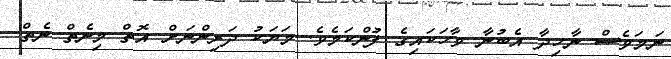
ނަމަވެސް ނާހިދާ އެބުނާ ވާހަކައިގެ ފުންކަމެވެ. މަޔަކު ދަރިންނަށް އޮތް މިނެތް ނެތް